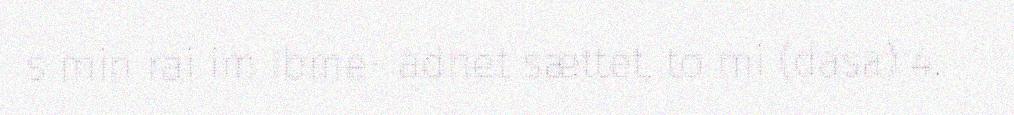
s min rai im Ibme- adnet sættet, to mi (dasa) 4.